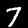
Label: 7